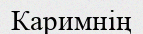
Каримнің